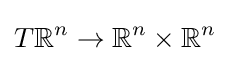
T\mathbb {R} ^{n}\to \mathbb {R} ^{n}\times \mathbb {R} ^{n}